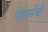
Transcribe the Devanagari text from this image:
जिज्ञासेची